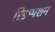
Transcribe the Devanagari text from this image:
रिडम्‍पशन